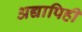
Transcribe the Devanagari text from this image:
अद्यापिही